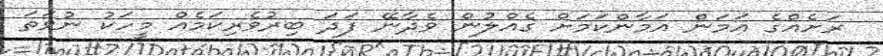
ރަށެއްގެ އަމަން އަމާންކަމަށް ގެއްލުން ވެދާނޭ ފަދަ ބިރުވެރިކަމެއް މީހަކު ނުވަތަ